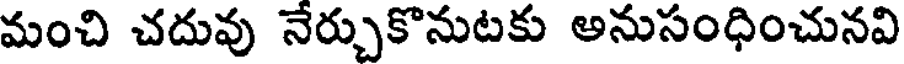
మంచి చదువు నేర్చుకొనుటకు అనుసంధించునవి